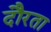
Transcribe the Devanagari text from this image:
दौरता